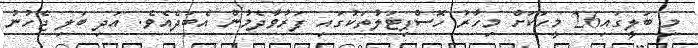
މި ބަލީގައި26 މީހަކަށް މިހާރު ހޮސްޕިޓަލުތަކުގައި ފަރުވާދެމުން އެބަދެއެވެ. އަދި ބަލި ޖެހުނު